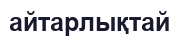
айтарлықтай